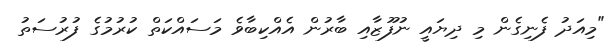
"މިއަދު ފެނިގެން މި ދިޔައީ ނުފޫޒާއި ބާރުން އެއްކިބާވެ މަސައްކަތް ކުރުމުގެ ފުރުސަތު